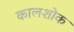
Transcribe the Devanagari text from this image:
कालशोक